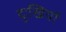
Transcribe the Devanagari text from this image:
दुःखियों